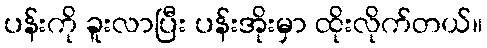
ပန်းကို ခူးလာပြီး ပန်းအိုးမှာ ထိုးလိုက်တယ်။